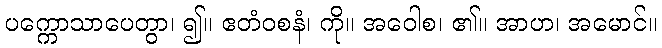
ပက္ကောသာပေတွာ၊ ၍။ ဧတံဝစနံ၊ ကို။ အဝေါစ၊ ၏။ အာဟ၊ အမောင်။